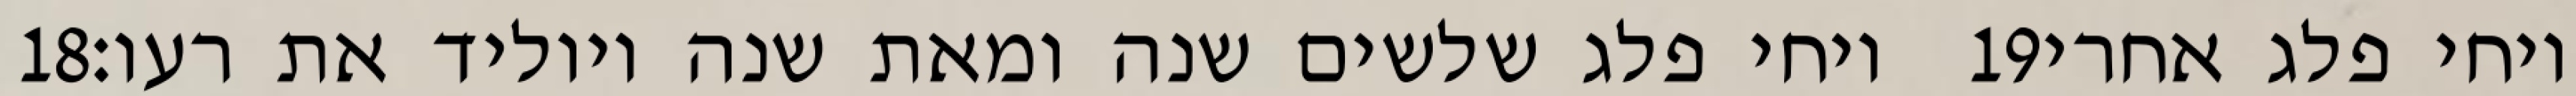
‎18‏ ויחי פלג שלשים שנה ומאת שנה ויוליד את רעו׃ ‎19‏ ויחי פלג אחרי